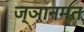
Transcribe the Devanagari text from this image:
ज्ञानमत